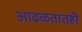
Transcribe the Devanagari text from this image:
आढळतातही